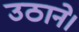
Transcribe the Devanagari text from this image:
उठाने।